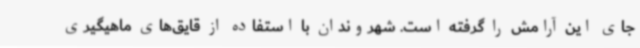
جای این آرامش را گرفته است. شهروندان با استفاده از قایق‌های ماهیگیری